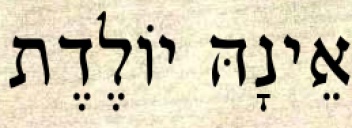
אֵינָהּ יוֹלֶדֶת